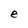
Character: e